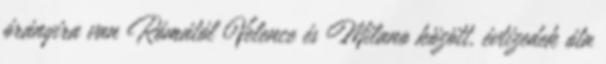
órányira van Rómától Velence és Milano között, évtizedek óta